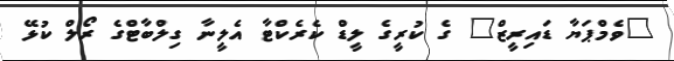
"ވެމްޕަޔާ ޑައިރީޒް" ގެ ކުރީގެ ލީޑް ކެރެކްޓާ އެލީނާ ގިލްބާޓްގެ ރޯލް ކުޅޭ